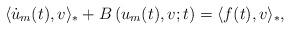
LaTeX: \begin{align*} \langle \dot{u}_m(t), v\rangle_* + B\left(u_m(t), v; t\right) = \langle f(t),v \rangle_*, \end{align*}